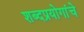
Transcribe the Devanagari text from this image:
शब्दप्रयोगांचे